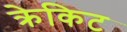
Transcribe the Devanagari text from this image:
क्रेकिट